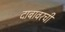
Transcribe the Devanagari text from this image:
दाबावरची